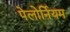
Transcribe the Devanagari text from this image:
पेलोर्नियम